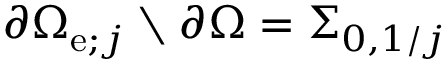
\partial \Omega _ { \mathrm { e } ; j } \setminus \partial \Omega = \Sigma _ { 0 , 1 / j }